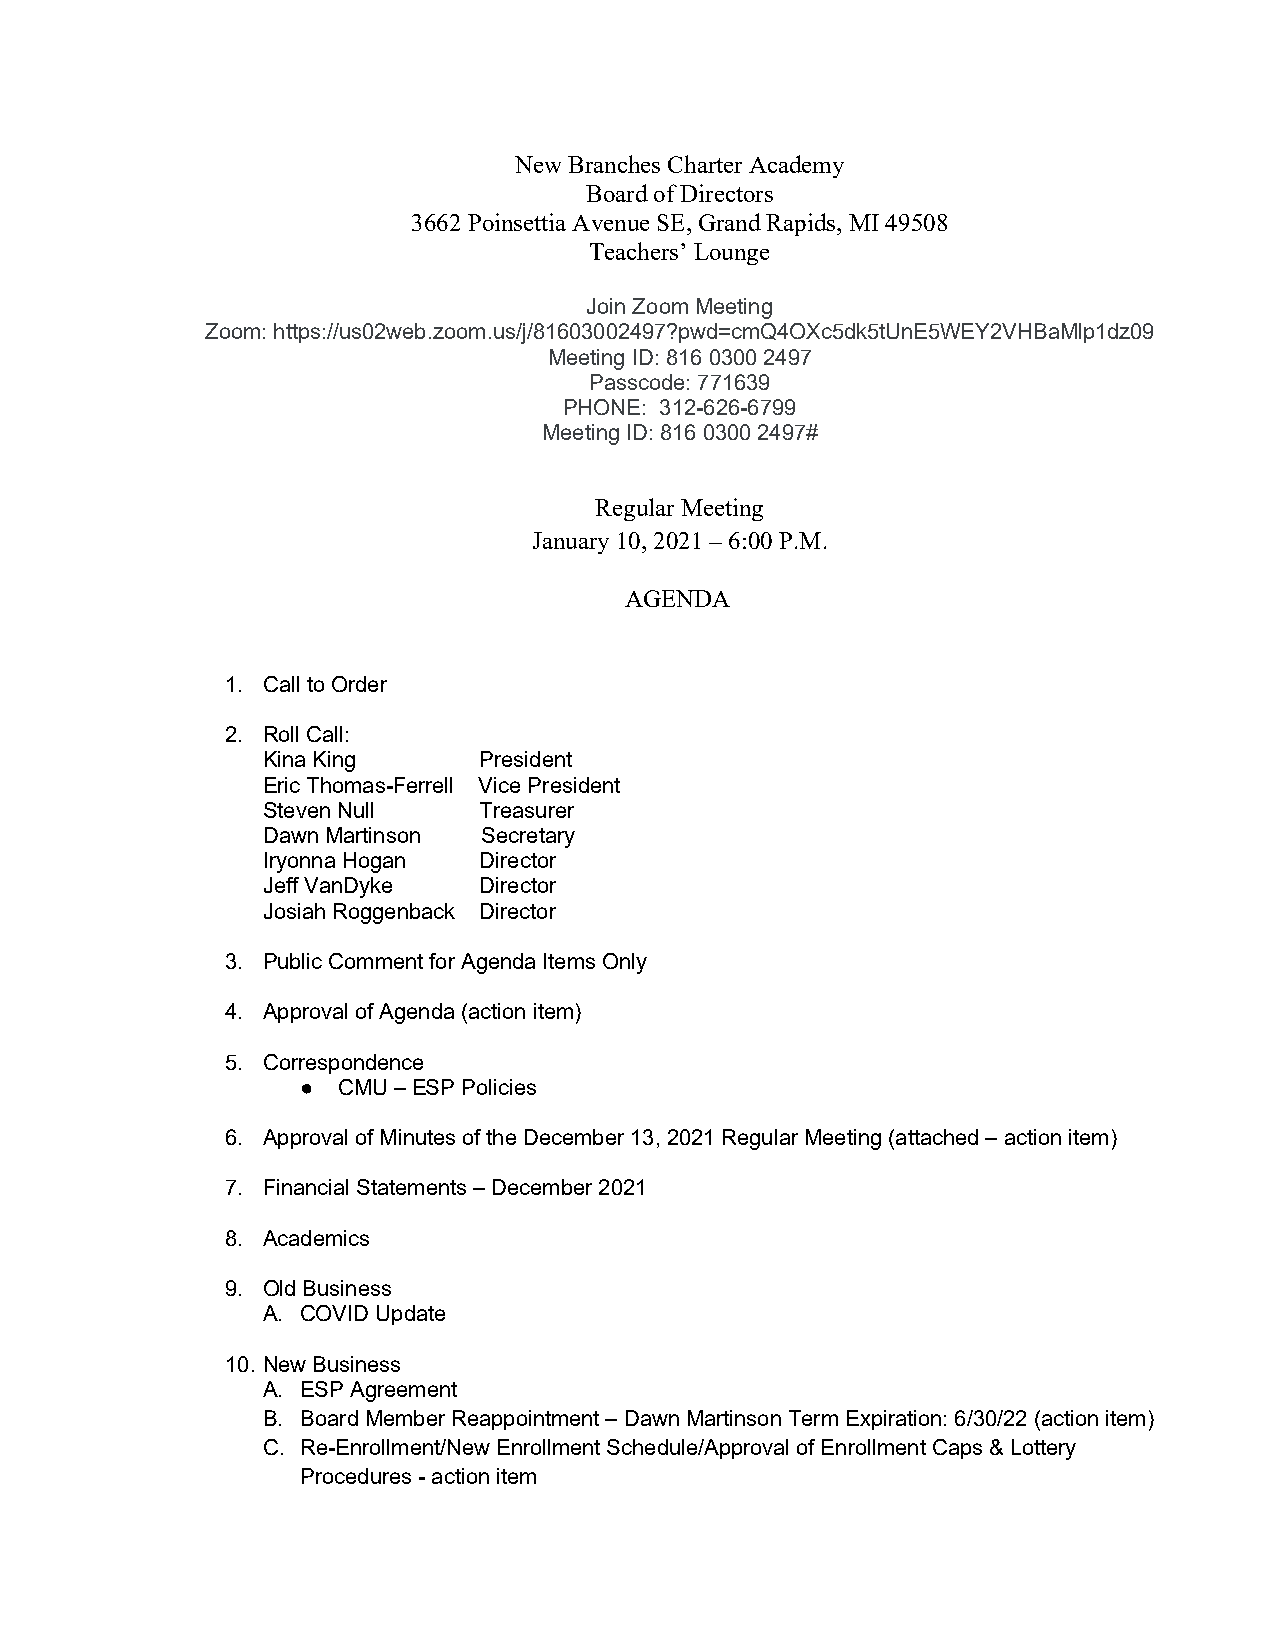
New Branches Charter Academy
 Board of Directors
 3662 Poinsettia Avenue SE, Grand Rapids, MI 49508
 Teachers’ Lounge
 Join Zoom Meeting
 Zoom: https://us02web.zoom.us/j/81603002497?pwd=cmQ4OXc5dk5tUnE5WEY2VHBaMlp1dz09
 Meeting ID: 816 0300 2497
 Passcode: 771639
 PHONE: 312-626-6799
 Meeting ID: 816 0300 2497#
 Regular Meeting
 January 10, 2021 – 6:00 P.M.
 AGENDA
 1. Call to Order
 2. Roll Call:
 Kina King      President
 Eric Thomas-Ferrell Vice President
 Steven Null    Treasurer
 Dawn Martinson Secretary
 Iryonna Hogan  Director
 Jeff VanDyke   Director
 Josiah Roggenback Director
 3. Public Comment for Agenda Items Only
 4. Approval of Agenda (action item)
 5. Correspondence
 ● CMU – ESP Policies
 6. Approval of Minutes of the December 13, 2021 Regular Meeting (attached – action item)
 7. Financial Statements – December 2021
 8. Academics
 9. Old Business
 A. COVID Update
 10. New Business
 A. ESP Agreement
 B. Board Member Reappointment – Dawn Martinson Term Expiration: 6/30/22 (action item)
 C. Re-Enrollment/New Enrollment Schedule/Approval of Enrollment Caps & Lottery
 Procedures - action item